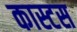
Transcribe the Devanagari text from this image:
कास्टस